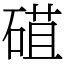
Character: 䃊